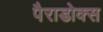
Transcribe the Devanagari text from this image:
पैराडोक्स